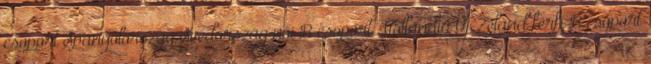
csoport Spanyolország–Svédország női B csoport Hollandia–Új-Zéland férfi B csoport